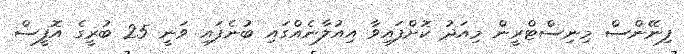
ފިނޭންސް މިނިސްޓްރީން މިއަދު ކޮށްފައިވާ އިއުލާނެއްގައި ބުނެފައި ވަނީ 25 ބުރީގެ އޮފީސް